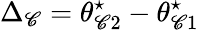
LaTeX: \Delta_{\mathscr{C}}=\theta_{\mathscr{C}2}^{\star}-\theta_{\mathscr{C}1}^{\star}